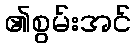
၏စွမ်းအင်